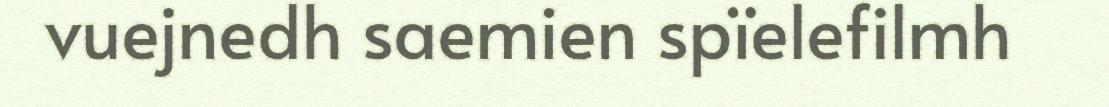
vuejnedh saemien spïelefilmh